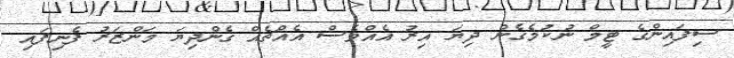
ސިފައިންގެ ޓީމް ނުކުމެގެން ދިޔަ އިރު އެއްވެސް އެއްޗެއް ގެންދިޔަ މަންޒަރު ފެނިފައި